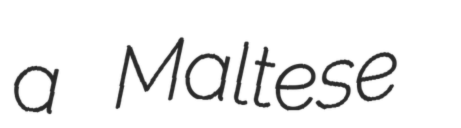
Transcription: a Maltese